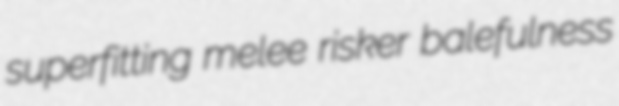
superfitting melee risker balefulness